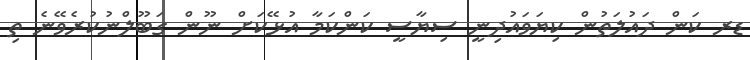
ޑރ ކަން ދައުލަތުން ކިޔަވައުދިނީ ސިޔާސީ ކަންކަމާ އުޅޭކަށް ނޫން ގަބޫލްނުކުރެވޭނެ ތި